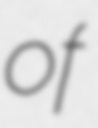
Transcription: of